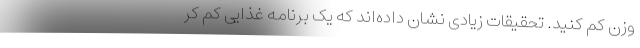
وزن کم کنید. تحقیقات زیادی نشان داده‌اند که یک برنامه غذایی کم کر